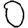
Digit: 0